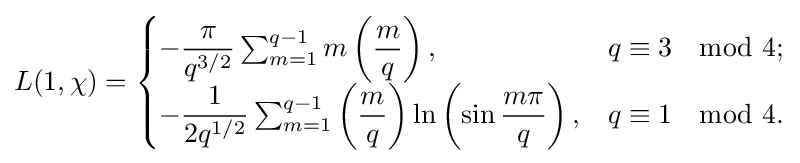
L(1,\chi )={\begin{cases}-{\dfrac {\pi }{q^{3/2}}}\sum _{m=1}^{q-1}m\left({\dfrac {m}{q}}\right),&q\equiv 3\mod 4;\\-{\dfrac {1}{2q^{1/2}}}\sum _{m=1}^{q-1}\left({\dfrac {m}{q}}\right)\ln \left(\sin {\dfrac {m\pi }{q}}\right),&q\equiv 1\mod 4.\end{cases}}